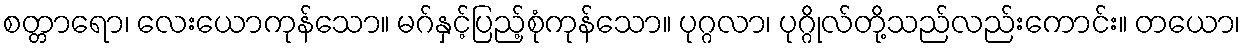
စတ္တာရော၊ လေးယောကုန်သော။ မဂ်နှင့်ပြည့်စုံကုန်သော။ ပုဂ္ဂလာ၊ ပုဂ္ဂိုလ်တို့သည်လည်းကောင်း။ တယော၊